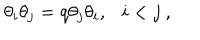
\theta _ { i } \theta _ { j } = q \theta _ { j } \theta _ { i } , i < j ~ ,